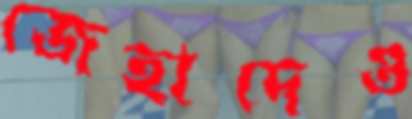
জেহাদেও